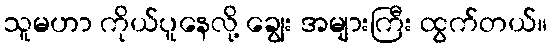
သူမဟာ ကိုယ်ပူနေလို့ ချွေး အများကြီး ထွက်တယ်။